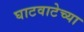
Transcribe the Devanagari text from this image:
घाटवाटेच्या